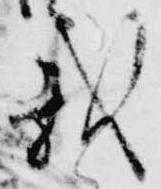
載